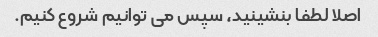
اصلا لطفا بنشینید، سپس می توانیم شروع کنیم.